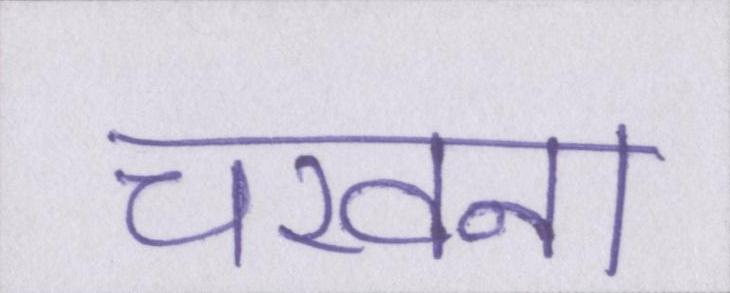
चखना